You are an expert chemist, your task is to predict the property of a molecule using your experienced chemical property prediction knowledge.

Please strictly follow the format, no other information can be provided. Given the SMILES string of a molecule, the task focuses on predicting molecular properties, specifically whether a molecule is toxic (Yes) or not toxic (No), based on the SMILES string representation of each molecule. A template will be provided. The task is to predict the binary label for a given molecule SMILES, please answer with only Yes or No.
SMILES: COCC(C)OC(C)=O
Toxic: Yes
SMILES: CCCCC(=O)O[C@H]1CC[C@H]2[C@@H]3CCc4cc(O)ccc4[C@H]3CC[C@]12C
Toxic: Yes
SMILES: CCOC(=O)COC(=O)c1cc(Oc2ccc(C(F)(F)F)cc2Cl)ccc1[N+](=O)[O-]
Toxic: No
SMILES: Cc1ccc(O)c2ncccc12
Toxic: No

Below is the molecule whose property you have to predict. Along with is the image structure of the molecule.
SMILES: O=C(O)Cc1ccc(OCCNC[C@H](O)c2ccccc2)cc1
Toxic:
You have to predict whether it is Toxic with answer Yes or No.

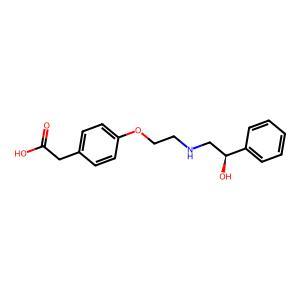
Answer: No